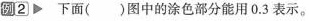
例2 下面( )图中的涂色部分能用0.3表示。